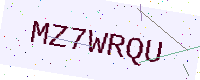
Text: MZ7WRQU